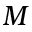
M